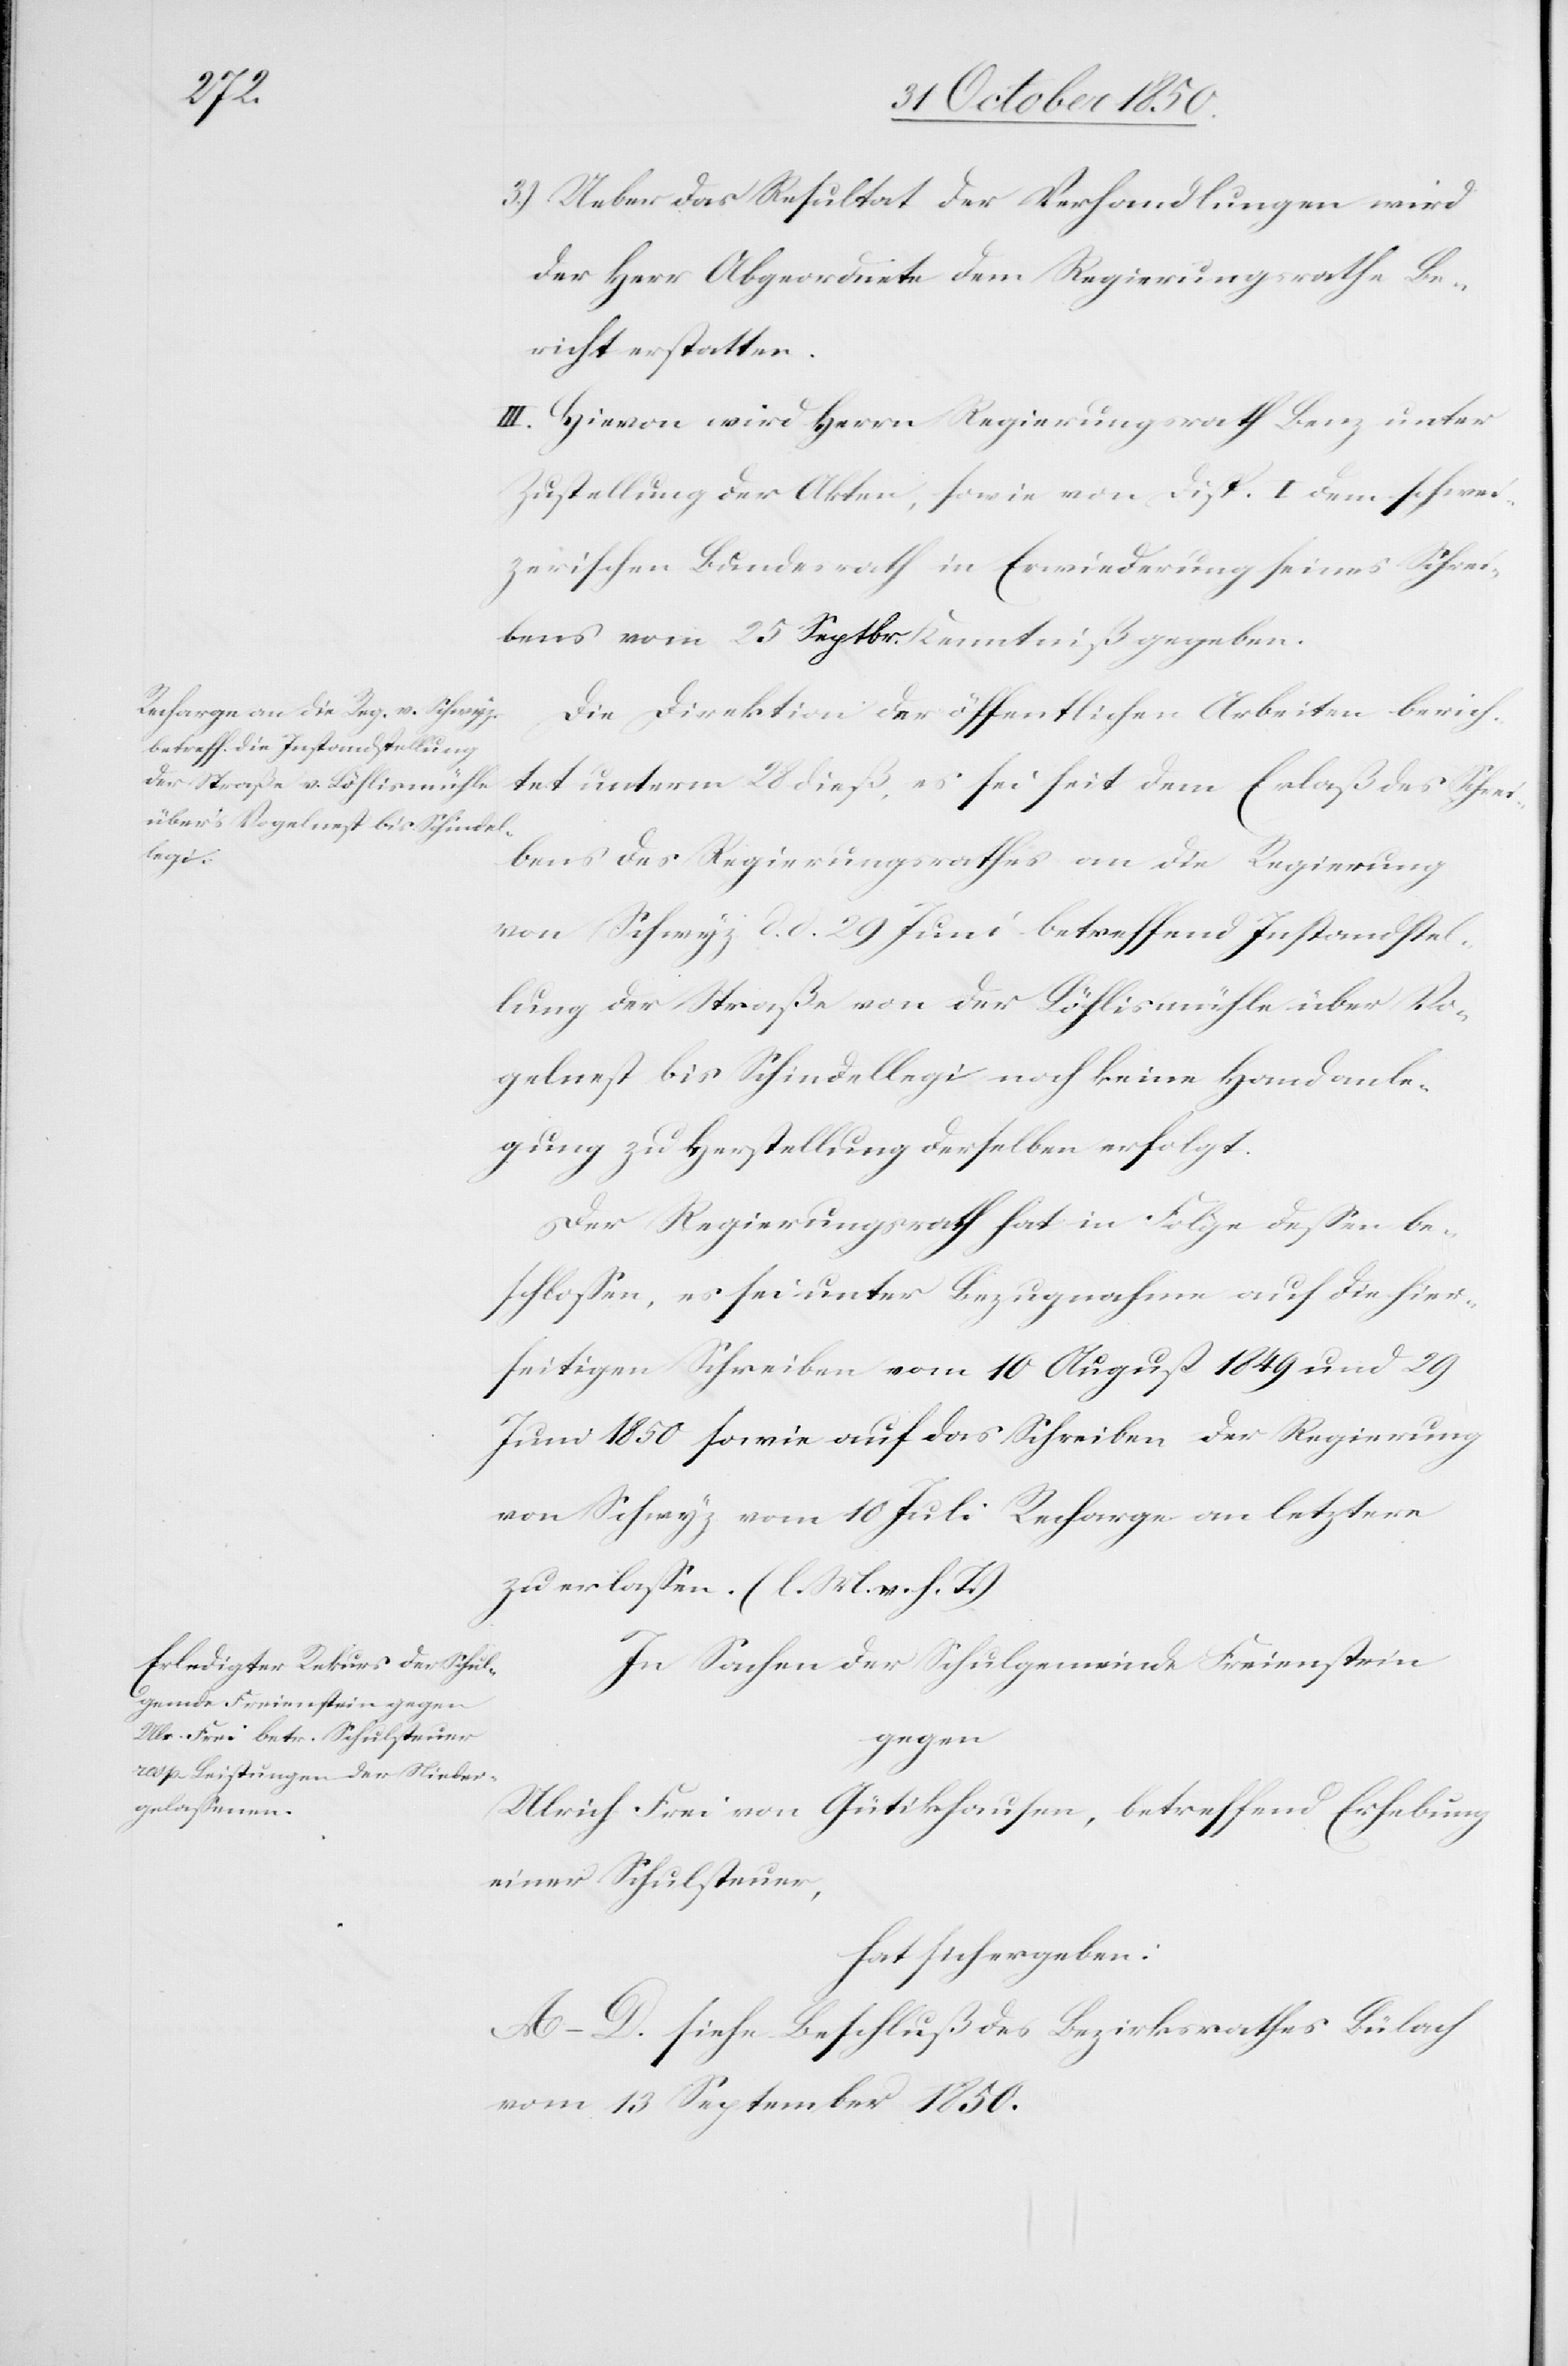
3.) Ueber das Resultat der Verhandlungen wird
der Herr Abgeordnete dem Regierungsrathe Be¬
richt erstatten.
III. Hievon wird Herrn Regierungsrath Benz unter
Zustellung der Akten, sowie von Disp. I dem schwei¬
zerischen Bundesrath in Erwiederung seines Schrei¬
bens vom 25 Septbr. Kenntniß gegeben.
Die Direktion der öffentlichen Arbeiten berich¬
tet unterm 28 dieß, es sei seit dem Erlaß des Schre¬
ibens des Regierungsrathes an die Regierung
von Schwyz d. d. 29 Juni betreffend Instandstel¬
lung der Straße von der Löhlismühle über Vo¬
gelnest bis Schindellegi noch keine Handanle¬
gung zu Herstellung derselben erfolgt.
Der Regierungsrath hat in Folge dessen be¬
schlossen, es sei unter Bezugnahme auf die hier¬
seitigen Schreiben vom 10 August 1849 und 29
Juni 1850 sowie auf das Schreiben der Regierung
von Schwyz vom 10 Juli Recharge an letztere
zu erlassen. (l. M. v. h. T.)
In Sachen der Schulgemeinde Freienstein
gegen
Ulrich Frei von Gütikhausen, betreffend Erhebung
einer Schulsteuer,
hat sich ergeben:
A–D. siehe Beschluß des Bezirksrathes Bülach
vom 13 September 1850.